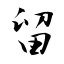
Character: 留